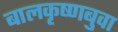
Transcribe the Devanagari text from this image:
बालकृष्णबुवा